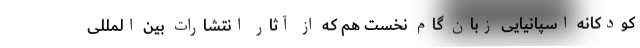
کودکانه اسپانیایی زبان گام نخست هم که از آثار انتشارات بین المللی